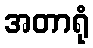
အတာရုံ